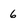
Character: 6